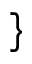
\}